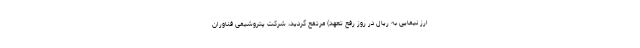
ارز نیمایی به ریال در روز رفع تعهد) مرتفع گردید، شرکت پتروشیمی فناوران